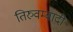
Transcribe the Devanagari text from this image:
तिरुवम्बादी